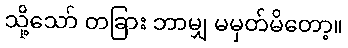
သို့သော် တခြား ဘာမျှ မမှတ်မိတော့။